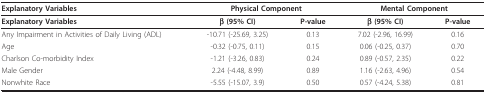
| Explanatory Variables | <COLSPAN=2> Physical Component | <COLSPAN=2> Mental Component |
 | --- | --- | --- | --- | --- |
 | Explanatory Variables | β (95% CI) | P-value | β (95% CI) | P-value |
 | Any Impairment in Activities of Daily Living (ADL) | -10.71 (-25.69, 3.25) | 0.13 | 7.02 (-2.96, 16.99) | 0.16 |
 | Age | -0.32 (-0.75, 0.11) | 0.15 | 0.06 (-0.25, 0.37) | 0.70 |
 | Charlson Co-morbidity Index | -1.21 (-3.26, 0.83) | 0.24 | 0.89 (-0.57, 2.35) | 0.22 |
 | Male Gender | 2.24 (-4.48, 8.99) | 0.89 | 1.16 (-2.63, 4.96) | 0.54 |
 | Nonwhite Race | -5.55 (-15.07, 3.9) | 0.50 | 0.57 (-4.24, 5.38) | 0.81 |